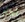
أكثر